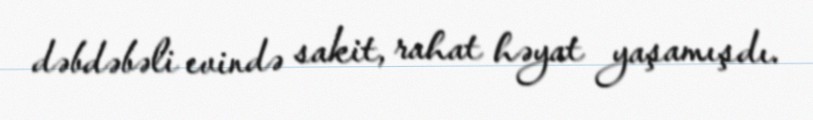
dəbdəbəli evində sakit, rahat həyat yaşamışdı.